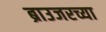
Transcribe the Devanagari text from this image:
ब्राउजरच्या